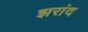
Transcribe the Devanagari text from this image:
झरांद